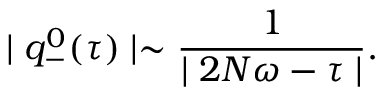
\mid q _ { - } ^ { 0 } ( \tau ) \mid \sim \frac { 1 } { \mid 2 N \omega - \tau \mid } .